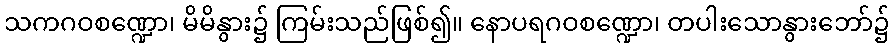
သကဂဝစဏ္ဍော၊ မိမိနွား၌ ကြမ်းသည်ဖြစ်၍။ နောပရဂဝစဏ္ဍော၊ တပါးသောနွားဘော်၌